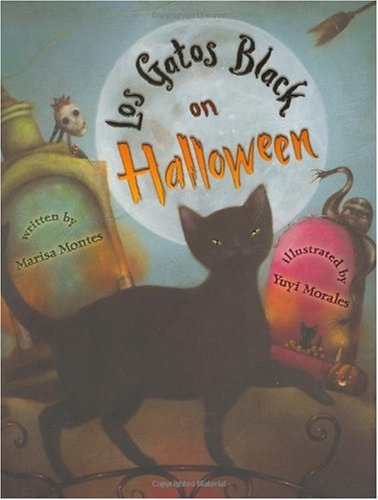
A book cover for Los Gatos Black on Halloween; Marisa Montes; Children's Books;